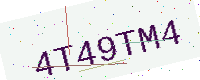
Text: 4T49TM4